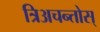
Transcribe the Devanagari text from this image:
त्रिअचन्तोस्